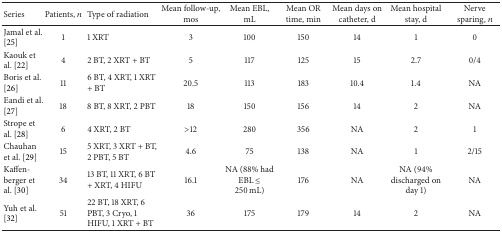
<table><thead><tr><td><b>Series</b></td><td><b>Patients, <i>n</i></b></td><td><b>Type of radiation</b></td><td><b>Mean follow-up, mos</b></td><td><b>Mean EBL, mL</b></td><td><b>Mean OR time, min</b></td><td><b>Mean days on catheter, d</b></td><td><b>Mean hospital stay, d</b></td><td><b>Nerve sparing, <i>n</i></b></td></tr></thead><tbody><tr><td>Jamal et al. [25]</td><td>1</td><td>1 XRT</td><td>3</td><td>100</td><td>150</td><td>14</td><td>1</td><td>0</td></tr><tr><td>Kaouk et al. [22]</td><td>4</td><td>2 BT, 2 XRT + BT</td><td>5</td><td>117</td><td>125</td><td>15</td><td>2.7</td><td>0/4</td></tr><tr><td>Boris et al. [26]</td><td>11</td><td>6 BT, 4 XRT, 1 XRT + BT</td><td>20.5</td><td>113</td><td>183</td><td>10.4</td><td>1.4</td><td>NA</td></tr><tr><td>Eandi et al. [27]</td><td>18</td><td>8 BT, 8 XRT, 2 PBT</td><td>18</td><td>150</td><td>156</td><td>14</td><td>2</td><td>NA</td></tr><tr><td>Strope et al. [28]</td><td>6</td><td>4 XRT, 2 BT</td><td>&gt;12</td><td>280</td><td>356</td><td>NA</td><td>2</td><td>1</td></tr><tr><td>Chauhan et al. [29]</td><td>15</td><td>5 XRT, 3 XRT + BT, 2 PBT, 5 BT</td><td>4.6</td><td>75</td><td>138</td><td>NA</td><td>1</td><td>2/15</td></tr><tr><td>Kaffen- berger et al. [30]</td><td>34</td><td>13 BT, 11 XRT, 6 BT + XRT, 4 HIFU</td><td>16.1</td><td>NA (88% had EBL ≤ 250 mL)</td><td>176</td><td>NA</td><td>NA (94% discharged on day 1)</td><td>NA</td></tr><tr><td>Yuh et al. [32]</td><td>51</td><td>22 BT, 18 XRT, 6 PBT, 3 Cryo, 1 HIFU, 1 XRT + BT</td><td>36</td><td>175</td><td>179</td><td>14</td><td>2</td><td>NA</td></tr></tbody></table>